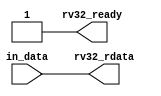
/**
    nop_read.v

    A simple adapter between some bits on the SoC and the picoRV32 bus.
*/

module rv32_nop_read (
    input wire [31:0] in_data,

    output wire rv32_ready,
    output wire [31:0] rv32_rdata
);

    assign rv32_rdata = in_data;
    assign rv32_ready = 1'b1;

endmodule